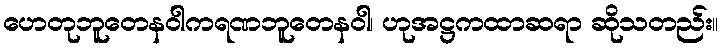
ဟေတုဘူတေနဝါကရဏဘူတေနဝါ၊ ဟုအဋ္ဌကထာဆရာ ဆိုသတည်း။